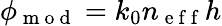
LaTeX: \phi_{\mathrm{~m~o~d~}}=k_{0}n_{\mathrm{~e~f~f~}}h